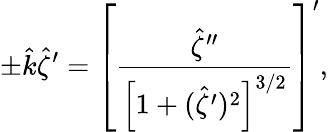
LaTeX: \pm\hat{k}\hat{\zeta}^{\prime}=\left[\frac{\hat{\zeta}^{\prime\prime}}{\left[1+(\hat{\zeta}^{\prime})^{2}\right]^{3/2}}\right]^{\prime},